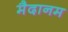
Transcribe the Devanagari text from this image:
मैदानम